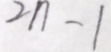
2 n - 1